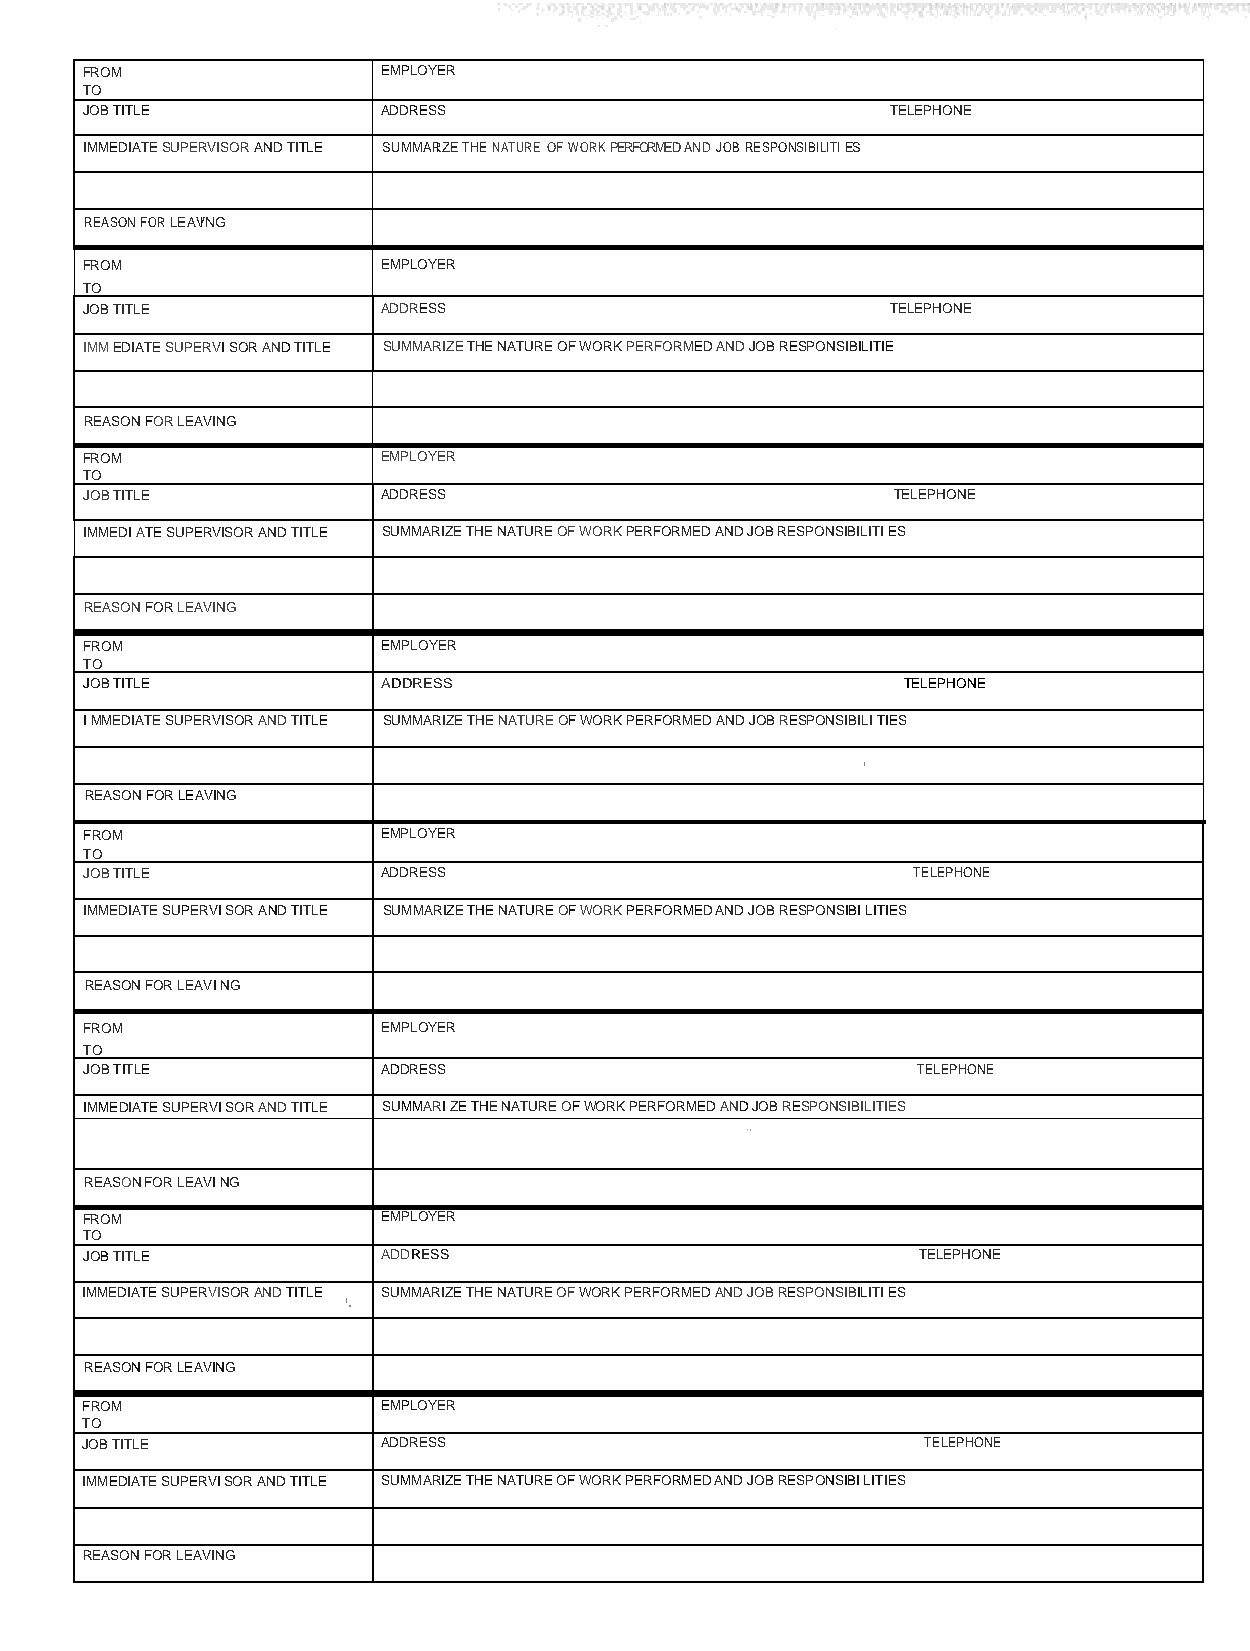
FROM                EMPLOYER
 TO
 JOB TITLE           ADDRESS                           TELEPHONE
 IMMEDIATE SUPERVISOR AND TITLE SUMMARI ZE THE NATURE OF WORK PERFORMED AND JOB RESPONSIBILITI ES
 REASON FOR LEAVI NG
 FROM                EMPLOYER
 TO
 JOB TITLE           ADDRESS                           TELEPHONE
 IMM EDIATE SUPERVI SOR AND TITLE SUMMARIZE THE NATURE OF WORK PERFORMED AND JOB RESPONSIBILITIE
 REASON FOR LEAVING
 FROM                EMPLOYER
 TO
 JOB TITLE          ADDRESS                           TELEPHONE
 IMMEDI ATE SUPERVISOR AND TITLE SUMMARIZE THE NATURE OF WORK PERFORMED AND JOB RESPONSIBILITI ES
 REASON FOR LEAVING
 FROM               EMPLOYER
 TO
 JOB TITLE          ADDRESS                            TELEPHONE
 I MMEDIATE SUPERVISOR AND TITLE SUMMARIZE THE NATURE OF WORK PERFORMED AND JOB RESPONSIBILI TIES
 '
 REASON FOR LEAVING
 FROM               EMPLOYER
 TO
 JOB TITLE          ADDRESS                            TELEPHONE
 IMMEDIATE SUPERVI SOR AND TITLE SUMMARIZE THE NATURE OF WORK PERFORMED AND JOB RESPONSIBI LITIES
 REASON FOR LEAVI NG
 FROM               EMPLOYER
 TO
 JOB TITLE          ADDRESS                             TELEPHONE
 IMMEDIATE SUPERVI SOR AND TITLE SUMMARI ZE THE NATURE OF WORK PERFORMED AND JOB RESPONSIBILITIES
 .,
 REASON FOR LEAVI NG
 FROM                EMPLOYER
 TO
 JOB TITLE           ADDRESS                             TELEPHONE
 IMMEDIATE SUPERVISOR AND TITLE SUMMARIZE THE NATURE OF WORK PERFORMED AND JOB RESPONSIBILITI ES
 '·
 REASON FOR LEAVING
 FROM                EMPLOYER
 TO
 JOB TITLE           ADDRESS                             TELEPHONE
 IMMEDIATE SUPERVI SOR AND TITLE SUMMARIZE THE NATURE OF WORK PERFORMED AND JOB RESPONSIBI LITIES
 REASON FOR LEAVING